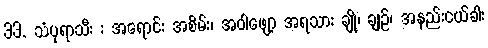
33. သံပုရာသီး : အရောင်: အစိမ်း၊ အဝါဖျော့ အရသာ: ချို၊ ချဉ်၊ အနည်းငယ်ခါး